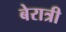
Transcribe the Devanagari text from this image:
बेरात्री